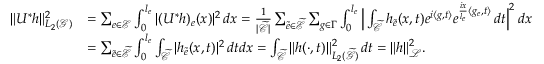
\begin{array} { r l } { \Vert U ^ { * } h \Vert _ { L _ { 2 } ( \mathcal { G } ) } ^ { 2 } } & { = \sum _ { e \in \mathcal { E } } \int _ { 0 } ^ { l _ { e } } \vert ( U ^ { * } h ) _ { e } ( x ) \vert ^ { 2 } \, d x = \frac { 1 } { \vert \widetilde { \mathcal { C } } \vert } \sum _ { \widetilde { e } \in \widetilde { \mathcal { E } } } \sum _ { g \in \Gamma } \int _ { 0 } ^ { l _ { e } } \Big \vert \int _ { \widetilde { \mathcal { C } } } h _ { \widetilde { e } } ( x , t ) e ^ { i \langle g , t \rangle } e ^ { \frac { i x } { l _ { e } } \langle g _ { e } , t \rangle } \, d t \Big \vert ^ { 2 } \, d x } \\ & { = \sum _ { \widetilde { e } \in \widetilde { \mathcal { E } } } \int _ { 0 } ^ { l _ { e } } \int _ { \widetilde { \mathcal { C } } } \vert h _ { \widetilde { e } } ( x , t ) \vert ^ { 2 } \, d t d x = \int _ { \widetilde { \mathcal { C } } } \Vert h ( \cdot , t ) \Vert _ { L _ { 2 } ( \widetilde { \mathcal { G } } ) } ^ { 2 } \, d t = \Vert h \Vert _ { \mathcal { L } } ^ { 2 } . } \end{array}